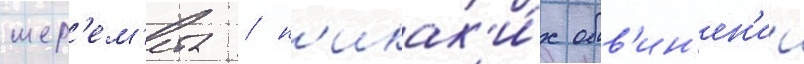
шер'ем'ета / н'икак'и́х обв'ин'ен'ии